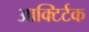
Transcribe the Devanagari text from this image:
आक्टिर्टक